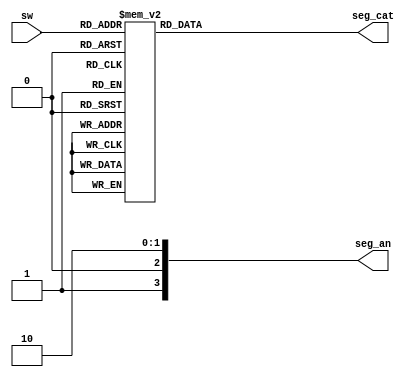
`timescale 1ns / 1ps
//////////////////////////////////////////////////////////////////////////////////
// Company: 
// Engineer: 
// 
// Design Name: 
// Module Name: big2seg
// Project Name: 
// Target Devices: 
// Tool Versions: 
// Description: 
// 
// Dependencies: 
// 
// Revision:
// Revision 0.01 - File Created
// Additional Comments:
// 
//////////////////////////////////////////////////////////////////////////////////


module big2seg(

input [3:0] sw,
output reg [7:0] seg_cat,
output [3:0] seg_an
    );
  
 always @ (sw)
 begin
    case(sw)
    4'b0000: seg_cat <= 7'b1000000; // number 0
    4'b0001: seg_cat <= 7'b1111001; // number 1
    4'b0010: seg_cat <= 7'b0100100; // number 2
    4'b0011: seg_cat <= 7'b0110000; // number 3
    4'b0100: seg_cat <= 7'b0011001; // number 4
    4'b0101: seg_cat <= 7'b0010010; // number 5
    4'b0110: seg_cat <= 7'b0000010; // number 6
    4'b0111: seg_cat <= 7'b1111000; // number 7
    4'b1000: seg_cat <= 7'b0000000; // number 8
    4'b1001: seg_cat <= 7'b0010000; // number 9
 
    4'b1010: seg_cat <= 7'b0001000; // leter A
    4'b1011: seg_cat <= 7'b0000011; // leter B
    4'b1100: seg_cat <= 7'b0100111; // leter C
    4'b1101: seg_cat <= 7'b0100001; // leter D
    4'b1110: seg_cat <= 7'b0000110; // Leter E
    4'b1111: seg_cat <= 7'b0001110; // leter F
    
    default: seg_cat <= 7'b1111111;
    endcase
 end
 assign seg_an [1:0] = 4'b1110;
endmodule